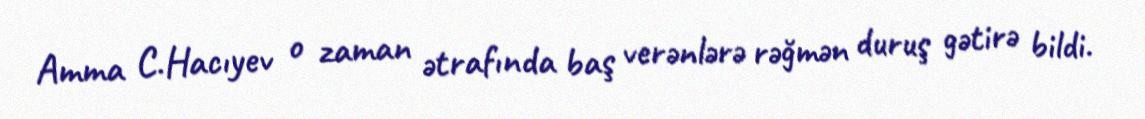
Amma C.Hacıyev o zaman ətrafında baş verənlərə rəğmən duruş gətirə bildi.